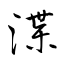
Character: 渫